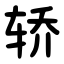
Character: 轿